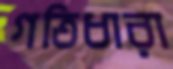
গতিধারা